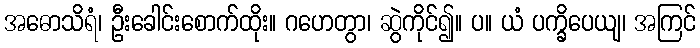
အဓောသိရံ၊ ဦးခေါင်းစောက်ထိုး။ ဂဟေတွာ၊ ဆွဲကိုင်၍။ ပ။ ယံ ပက္ခိပေယျ၊ အကြင်